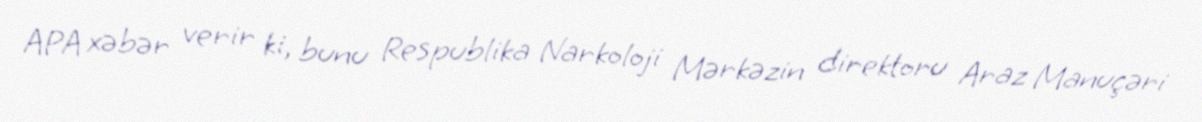
APA xəbər verir ki, bunu Respublika Narkoloji Mərkəzin direktoru Araz Manuçəri